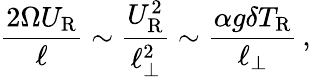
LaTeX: \frac{2\Omega U_{\mathrm{R}}}{\ell}\sim\frac{U_{\mathrm{R}}^{2}}{\ell_{\perp}^{2}}\sim\frac{\alpha g\delta T_{\mathrm{R}}}{\ell_{\perp}}\, ,